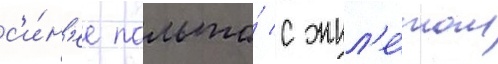
с'и́н'ее пальто́ с жил'е́том